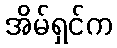
အိမ်ရှင်က